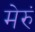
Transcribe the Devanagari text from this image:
मेरुं